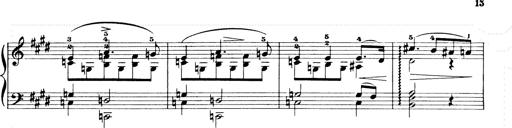
Title: Consolations and LiebestrÃ¤ume for the Piano
Composer: Franz Liszt